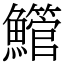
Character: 䲘